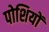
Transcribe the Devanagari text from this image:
पोशियों